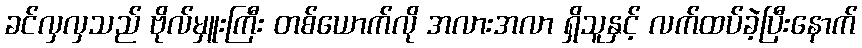
ခင်လှလှသည် ဗိုလ်မှူးကြီး တစ်ယောက်လို အလားအလာ ရှိသူနှင့် လက်ထပ်ခဲ့ပြီးနောက်